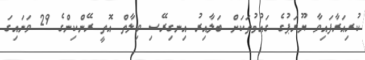
ކުުރިއަރާފައިވާ ޔޫރަޕުގެ ގައުމުތަކަށް ބަލާއިރު އިނގިރޭސި ވިލާތް އޮތީ ރޭންކިންގެ 29 ވަނަައިގަ